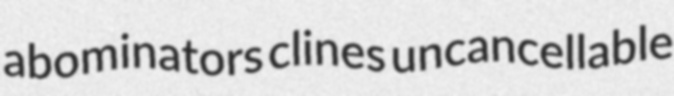
abominators clines uncancellable